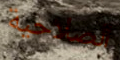
الصلاحية